Leaving Certificate Examination, 1909
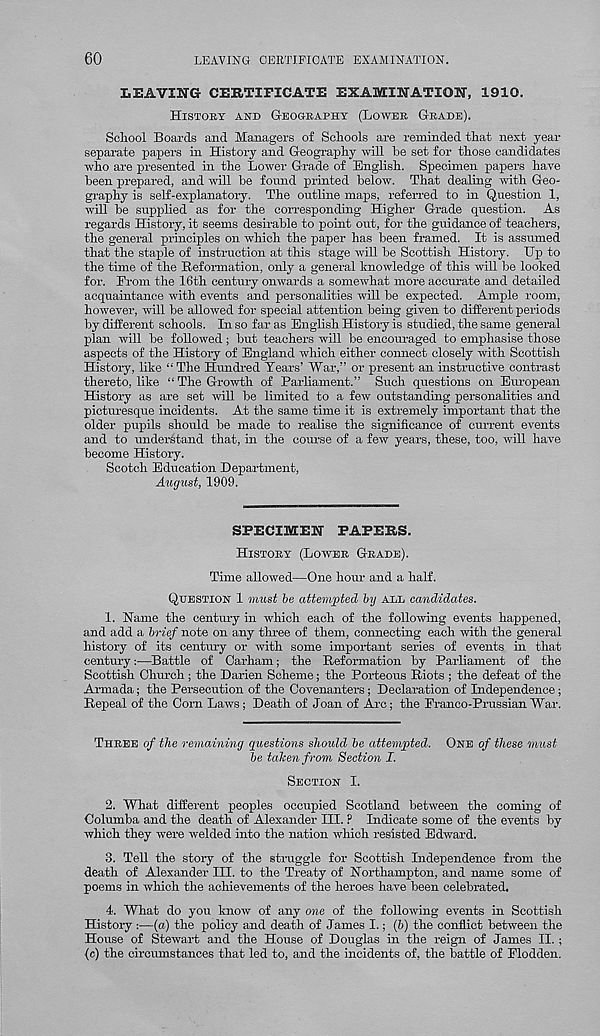
60
LEAVING CERTIFICATE EXAMINATION.
LEAVING CERTIFICATE EXAMINATION, 1910.
Histoby and G-eogeaphy (Lowee Grade).
School Boards and Managers of Schools are reminded that next year
separate papers in History and Geography will he set for those candidates
who are presented in the Lower Grade of English. Specimen papers have
been prepared, and will be found printed below. That dealing with Geo-
graphy is self-explanatory. The outline maps, referred to in Question 1,
will be supplied as for the corresponding Higher Grade question. As
regards History, it seems desirable to point out, for the guidance of teachers,
the general principles on which the paper has been framed. It is assumed
that the staple of instruction at this stage will be Scottish History. Up to
the time of the Reformation, only a general knowledge of this will be looked
for. From the 16th century onwards a somewhat more accurate and detailed
acquaintance with events and personalities will be expected. Ample room,
however, will be allowed for special attention being given to different periods
by different schools. In so far as English History is studied, the same general
plan will be followed; but teachers will be encouraged to emphasise those
aspects of the History of England which either comiect closely with Scottish
History, like “ The Hundred Years’ War,” or present an instructive contrast
thereto, like “ The Growth of Parliament.” Such questions on European
History as are set will be limited to a few outstanding personalities and
picturesque incidents. At the same time it is extremely important that the
older pupils should be made to realise the significance of current events
and to miderktand that, in the course of a few years, these, too, will have
become History.
Scotch Education Department,
August, 1909.
SPECIMEN PAPERS.
History (Lower Grade).
Time allowed—One hour and a half.
Question 1 must be attempted by ALL candidates.
1. Name the century in which each of the following events happened,
and add a brief note on any three of them, connecting each with the general
history of its century or with some important series of events in that
century:—Battle of Carham; the Reformation by Parliament of the
Scottish Church ; the Darien Scheme; the Porteous Riots ; the defeat of the
Armada; the Persecution of the Covenanters; Declaration of Independence;
Repeal of the Corn Laws; Death of Joan of Arc; the Eranco-Prussian War.
Three of the remaining questions should be attempted. One of these must
be talcen from Section I.
Section I.
2. What different peoples occupied Scotland between the coming of
Columba and the death of Alexander III. ? Indicate some of the events by
which they were welded into the nation which resisted Edward.
3. Tell the story of the struggle for Scottish Independence from the
death of Alexander III. to the Treaty of Northampton, and name some of
poems in which the achievements of the heroes have been celebrated.
4. What do you know of any one of the following events in Scottish
History :—(a) the policy and death of James I.; (6) the conflict between the
House of Stewart and the House of Douglas in the reign of James II. ;
(c) the circumstances that led to, and the incidents of, the battle of Elodden.